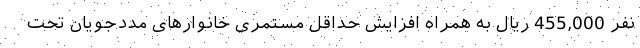
نفر 455,000 ریال به همراه افزایش حداقل مستمری خانوارهای مددجویان تحت